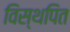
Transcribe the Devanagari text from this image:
विस्थपित